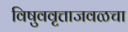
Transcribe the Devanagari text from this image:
विषुववृत्ताजवळचा